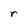
Character: r